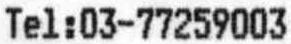
TEL:03-77259003